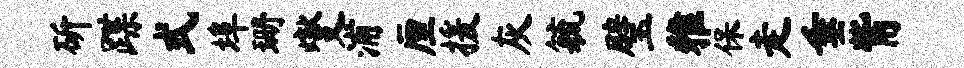
斫蹀式埠珊燮浦厘援灰毓璧雅保走垂觜